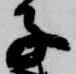
子